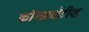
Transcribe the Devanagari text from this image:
कॉन्झर्व्हेटीव्ह